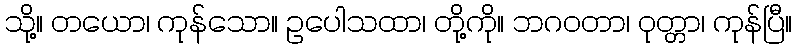
သို့။ တယော၊ ကုန်သော။ ဥပေါသထာ၊ တို့ကို။ ဘဂဝတာ၊ ဝုတ္တာ၊ ကုန်ပြီ။